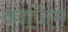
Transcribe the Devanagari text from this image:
का़जि़म